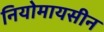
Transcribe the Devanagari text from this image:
नियोमायसीन